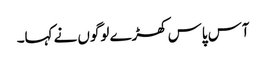
آس پاس کھڑے لوگوں نے کہا۔